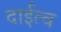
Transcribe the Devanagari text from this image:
दाईत्व